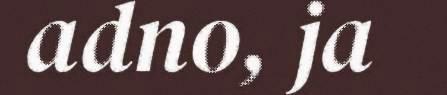
adno, ja